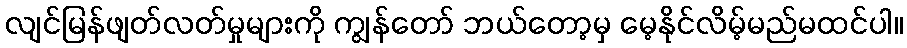
လျင်မြန်ဖျတ်လတ်မှုများကို ကျွန်တော် ဘယ်တော့မှ မေ့နိုင်လိမ့်မည်မထင်ပါ။